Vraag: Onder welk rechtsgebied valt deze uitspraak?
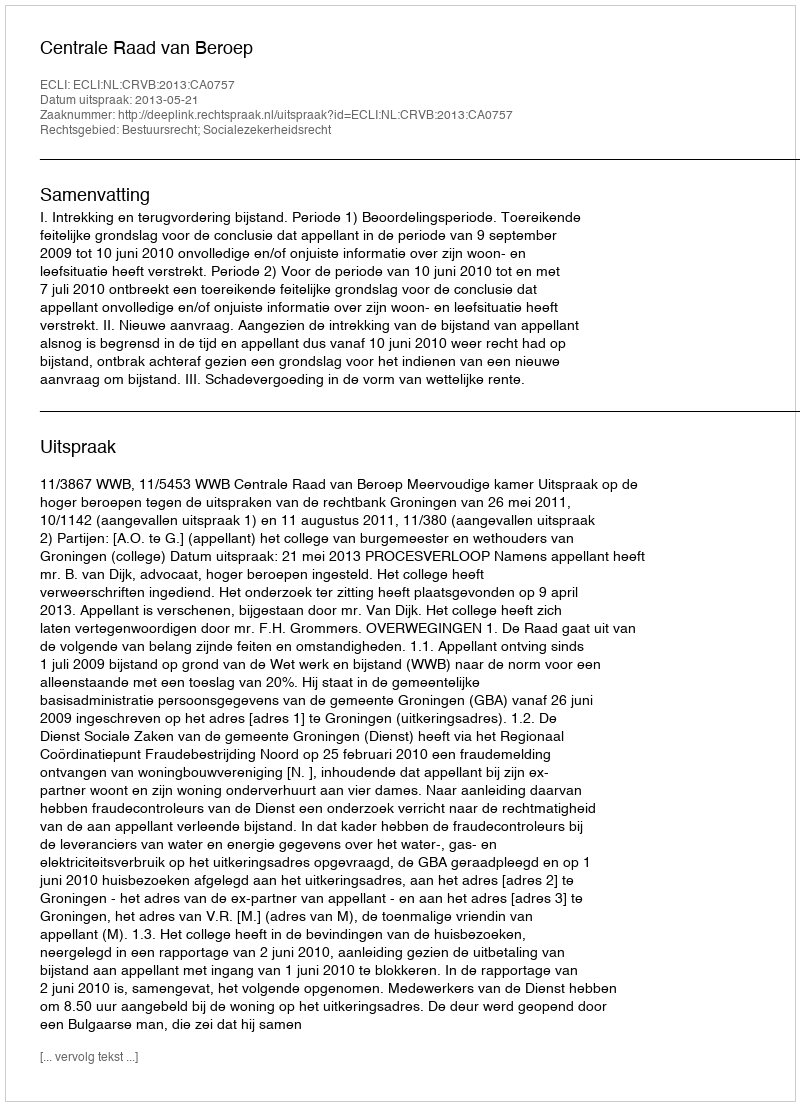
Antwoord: Bestuursrecht; Socialezekerheidsrecht